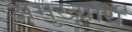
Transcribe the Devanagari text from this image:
अमुख्यार्थ